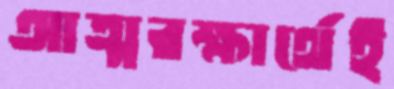
আত্মরক্ষার্থেই